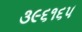
૩૯૬૧૬૫